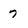
Character: 7